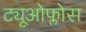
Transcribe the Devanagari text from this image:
ट्यूओफ्लोस